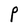
Character: P